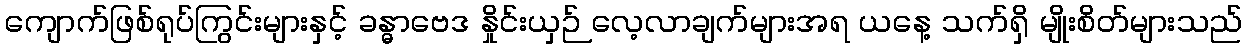
ကျောက်ဖြစ်ရုပ်ကြွင်းများနှင့် ခန္ဓာဗေဒ နှိုင်းယှဉ် လေ့လာချက်များအရ ယနေ့ သက်ရှိ မျိုးစိတ်များသည်